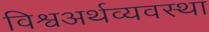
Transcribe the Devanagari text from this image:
विश्वअर्थव्यवस्था